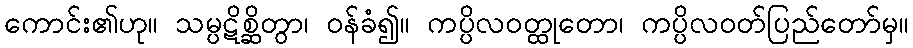
ကောင်း၏ဟု။ သမ္ပဋိစ္ဆိတွာ၊ ဝန်ခံ၍။ ကပ္ပိလဝတ္ထုတော၊ ကပ္ပိလဝတ်ပြည်တော်မှ။